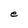
Character: e